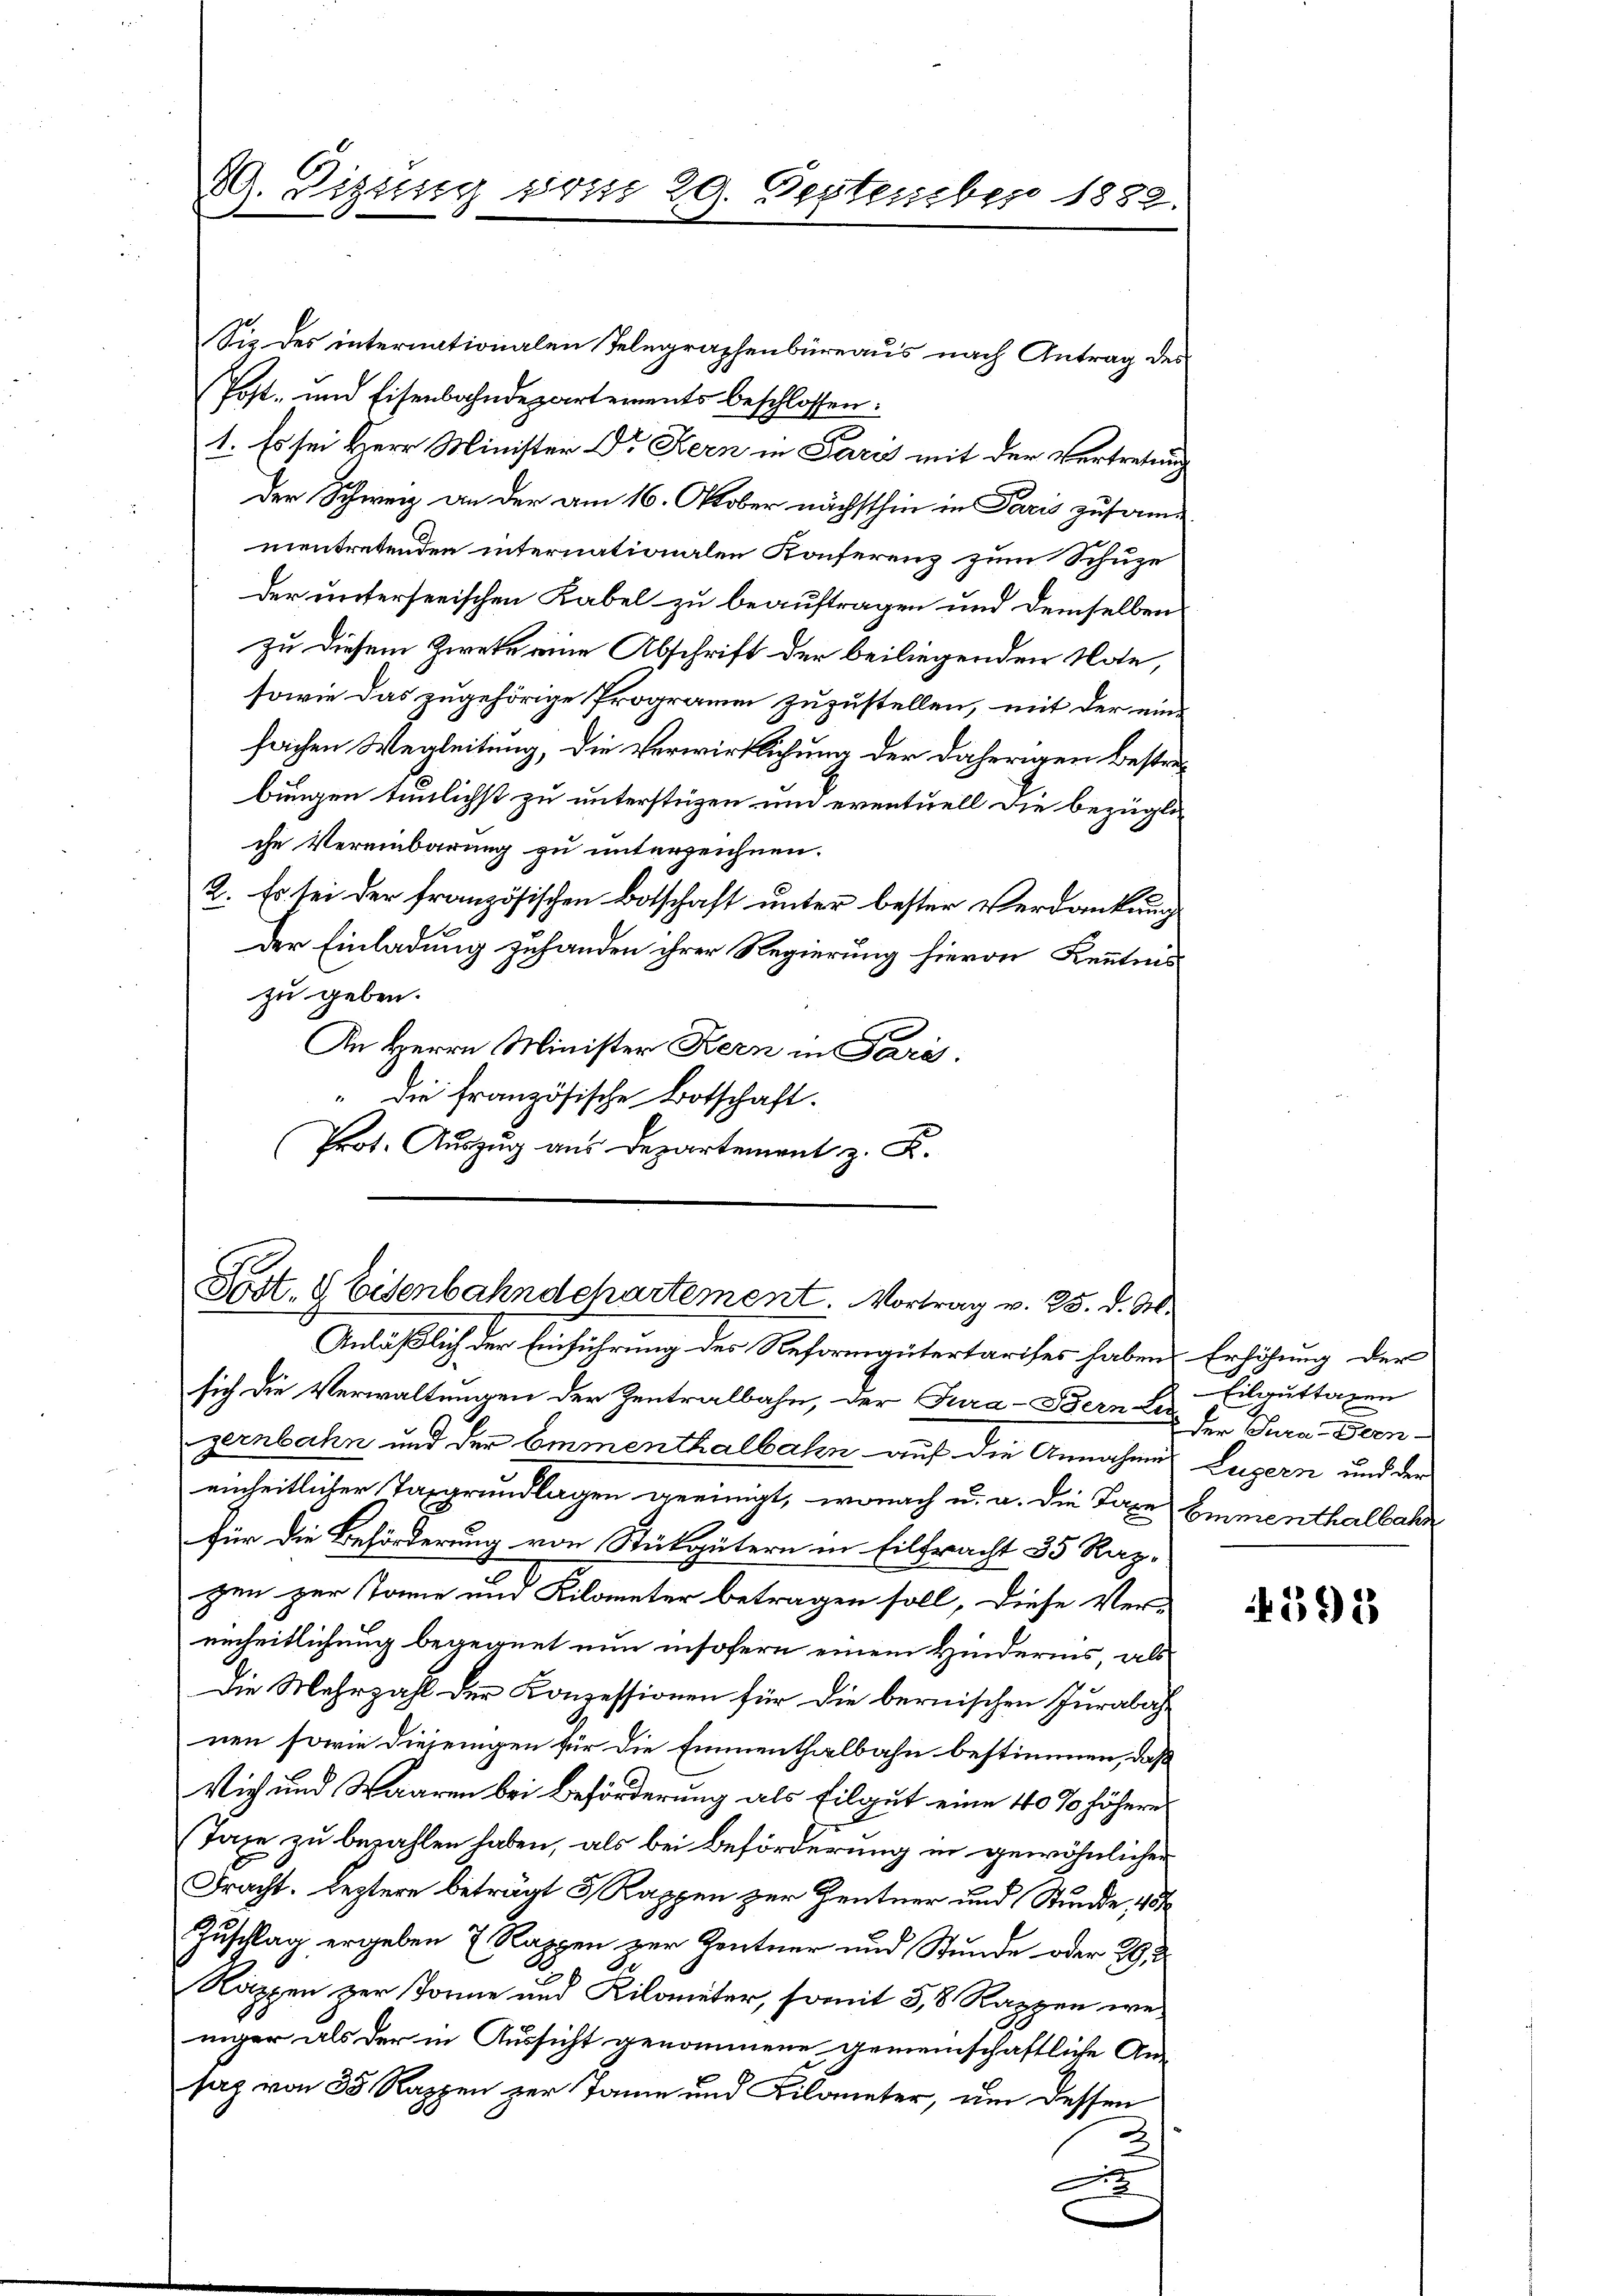
29. Dissing vom 29. September 1882.

Sie des internationalen Telegraphenbüreaus nach Antrag des
Post- und Eisenbahndepartements beschlossen:
1. Es sei Herr Minister Dr Kern in Paris mit der Vertretung
der Schweiz an der am 16. Oktober nächsthin in Paris zusame
mentretenden internationalen Konferenz zum Schuze
der unterseeischen Kabel zu beauftragen und demselben
zu diesem Zweke eine Abschrift der beiliegenden Note,
sowie das zugehörige Programm zuzustellen, mit der einfachen Wegleitung, die Verwirklichung der daherigen Bestrabungen tunlichst zu unterstüzen und eventuell die bezügliche Vereinbarung zu unterzeichnen.
2. Es sei der französischen Botschaft unter bester Verdankung
Der Einladung zuhanden ihrer Regierung hievon Kenntnis
zu geben.
An Herrn Minister Kern in Paris.
" die französische Botschaft.
Prot. Auszug aus Departement z. K.

t. 8 Eisenbahndchartement. Vortrag v. 25. d. M.

Anläßlich der Einführung der Reformantertarises haben Erhöhung der
sich die Verwaltungen der Zentralbahn, der Tura-Bern E. Eilguttaxen
gernbahn und der Emmenthalbahn auf die Annahmes Luzern und der
einheitlicher Taggrundlagen geeinigt, wonach u. a. die Taxe Emmenthalbahn
für die Beförderung von Stükgütern in Eilfracht 35 Raz-
gen zur Tone und Kilometer betragen soll, diese Ver-
einheitlichung begegnet nun insofern einem Hinderins, als
Die Mehrzahl der Konzessionen für die bernischen Jurabahnen sowie diejenigen für die Emmenthalbahn bestimmen, daß
Vieh und Waaren bei Beförderung als Tilgut eine 10 % höhere
Taxe zu bezahlen haben, als bei Beförderung in gewöhnlicher
Fracht. Leztere beträgt 5 Rappen zur Zentner und Stunde 181
Zuschlag ergeben 7 Rappen zur Zentner und Stunde oder 29.
Rappen zur Tonne und Kilometer, somit 5,8 Rappen weiiger als der in Aussicht genommene gemeinschaftliche An-
saz von 35 Rappen zur Tame und Kilometer, um dessen
2
A

Der Sura-Dern-

4591